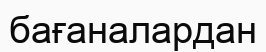
бағаналардан